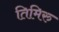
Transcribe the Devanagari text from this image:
तिमिरु